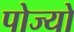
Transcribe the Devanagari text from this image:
पोज्यो